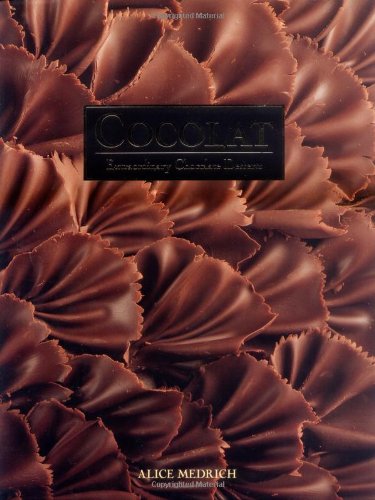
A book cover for Cocolat: Extraordinary Chocolate Desserts; Alice Medrich; Cookbooks, Food & Wine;